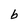
Character: b